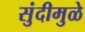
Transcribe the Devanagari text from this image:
सुंदीमुळे